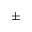
\pm